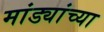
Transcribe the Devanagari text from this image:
मांड्यांच्या